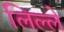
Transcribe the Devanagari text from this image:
लिल्ले